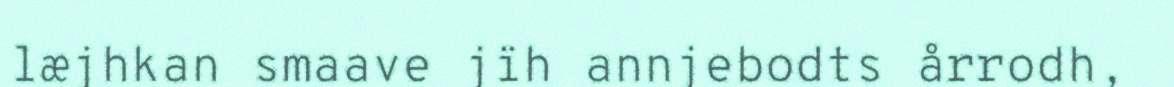
læjhkan smaave jïh annjebodts årrodh,